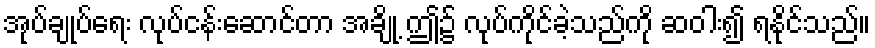
အုပ်ချုပ်ရေး လုပ်ငန်းဆောင်တာ အချို့ ဤ၌ လုပ်ကိုင်ခဲ့သည်ကို ဆဝါး၍ ရနိုင်သည်။